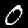
Digit: 0